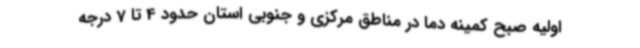
اولیه صبح کمینه دما در مناطق مرکزی و جنوبی استان حدود 4 تا 7 درجه